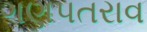
ગણપતરાવ